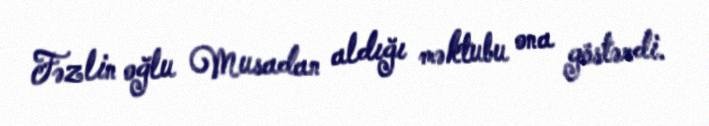
Fəzlin oğlu Musadan aldığı məktubu ona göstərdi.